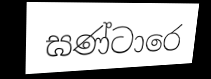
ඝණ්ටාරෙ